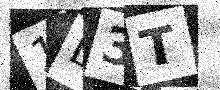
Text: 1D3T